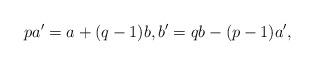
LaTeX: \begin{align*} pa' = a+(q-1)b, b' = qb - (p-1)a',\end{align*}